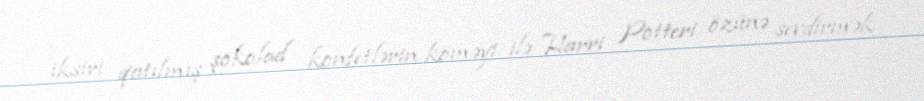
iksiri qatılmış şokolad konfetlərin köməyi ilə Harri Potteri özünə sevdirmək